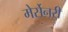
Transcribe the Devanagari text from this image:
मेर्सेनरी